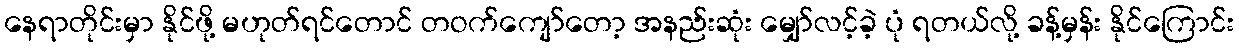
နေရာတိုင်းမှာ နိုင်ဖို့ မဟုတ်ရင်တောင် တဝက်ကျော်တော့ အနည်းဆုံး မျှော်လင့်ခဲ့ ပုံ ရတယ်လို့ ခန့်မှန်း နိုင်ကြောင်း